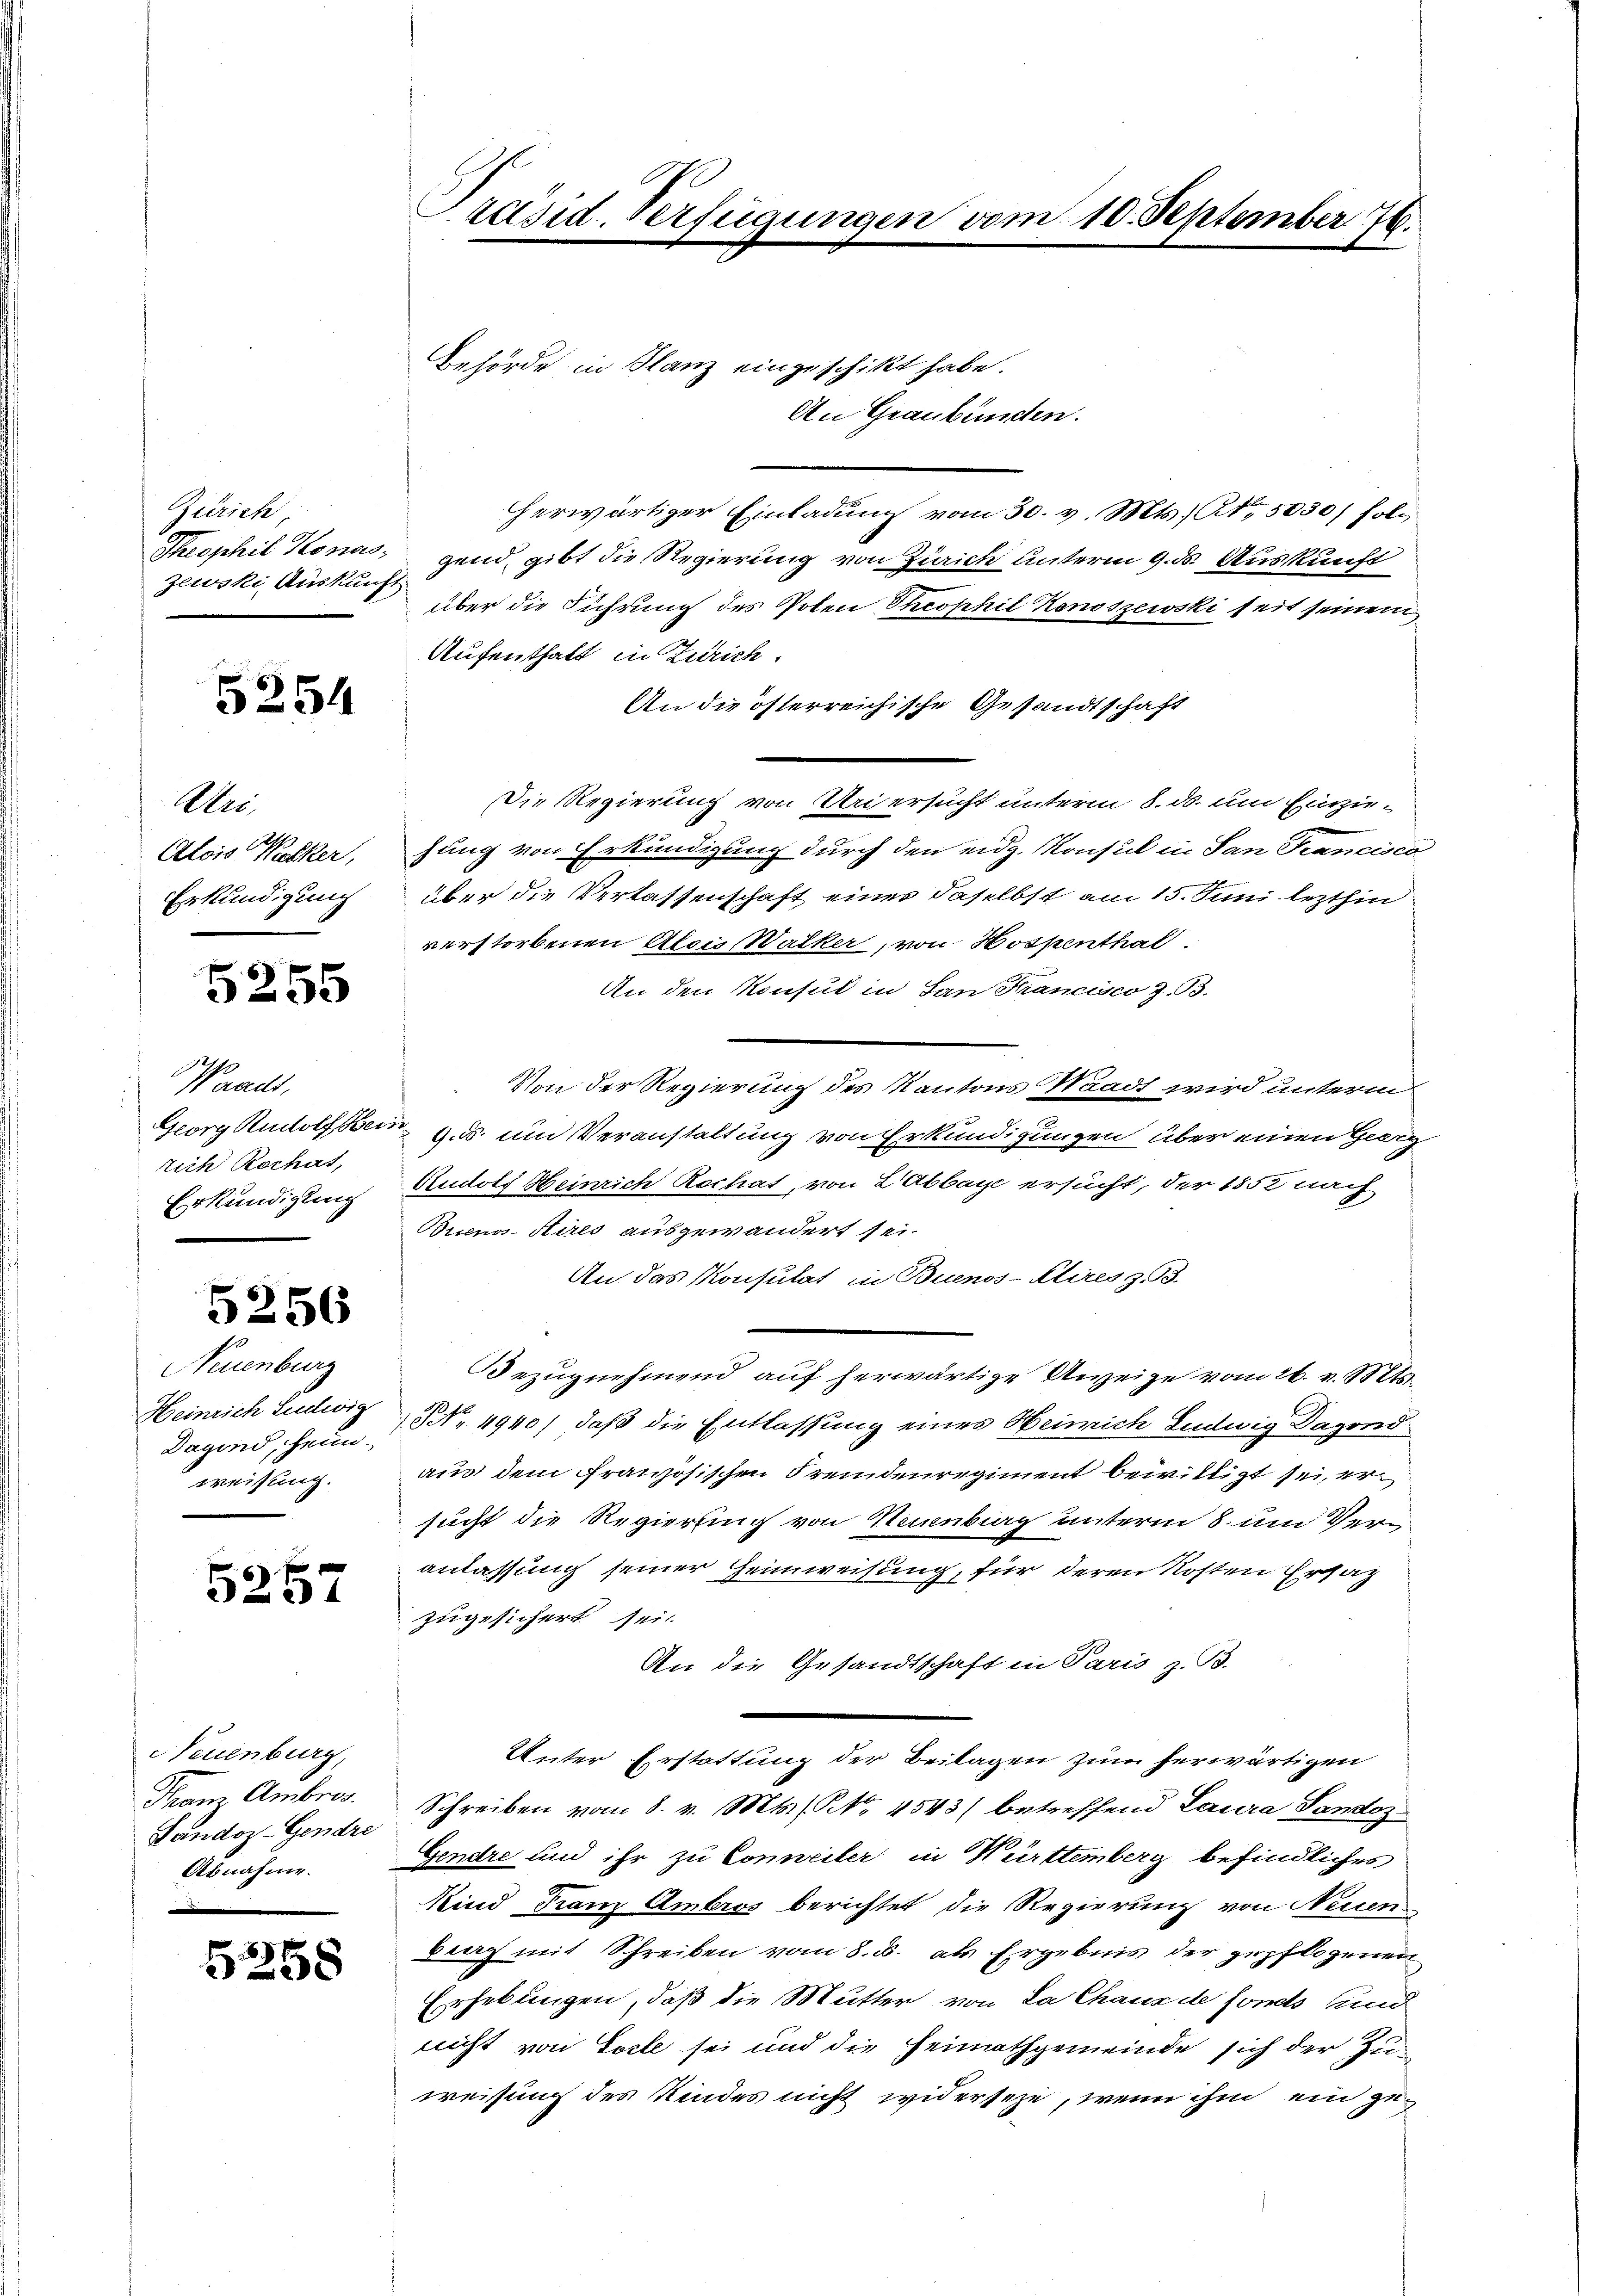
Zürich
zewski Auskunft

5254

Uri.
A
Alois Walker,
Erkundigung

5255

Waadt,
tich Rechat,
Erkundigung

5256

Neuenburg
Dagond, heim-
weisung.

5257

Neuenburg,
Franz Ambros.
Jandor Gendre
Abnahme.

6
38

Präsid. Verfügungen vom 10. September 76.
Behörde in Flanz eingeschikt habe.

An Graubünden.
herwärtiger Einladung vom 30. v. Mts., No 5030/ fol¬
Theophil Honas, gend gibt die Regierung von Zürich unterm 9. ds. Auskunft
über die Führung des Poten Theophil Kenoszewski seit seinem
Aufenthalt in Zürich.
An die österreichische Gesandtschaft
Die Regierung von Uri ersucht unterm 8. ds. um Einziehung von Erkundigung durch den eidg. Konsul in San Francisco
über die Verlassenschaft eines daselbst am 15. Juni lezthin
verstorbenen Alois Walker, von Hospenthal
An den Konsul in San Krancisco z. B.
Von der Regierung des Kantons Waadt wird unterm
Georg Rudolf dem 15. und Veranstaltung von Erkundigungen über einen Geric
Rudolf Heinrich Rochat, von LAbbaye ersucht, der 1852 nach
Buenos Aires ausgewandert sei.
An das Konsulat in Buenos-Aires z. 3.
Bezugnehmend auf herwärtige Anzeige vom 26. v. Mts.
Heinrich Ludwig N. 4940) daß die Entlassung eines Heinrich Ludwig Dagond
aus dem Französischen Fremdenregiment bewilligt sei, er
sucht die Regierung von Neuenburg unterm 8. um Veranlassung seiner Heimweisung, für deren Kosten Ersatz
zugesichert sei.
An die Gesandtschaft in Paris z. B.
Unter Erstattung der Beilagen zum herwärtigen
Schreiben vom 8. v. Mts. (NNo. 4543) betreffend Laura Sandoz
Gendre und ihr zu Conneiler in Württemberg befindliches
Kind Franz Ambros berichtet die Regierung von Neuen
brach mit Schreiben vom 8. d. als Ergebnis der gepflogenen
Erhebungen, daß die Mutter von La Chaux de fonds und
nicht von Torte sei und die Heimathgemeinde sich der Zuweisung des Kindes nicht widerseze, wenn ihm ein zu¬